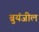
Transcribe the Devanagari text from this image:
ब्रुयंजील